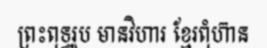
ព្រះពុទ្ធរូប មានវិហារ ខ្មែរពុំហ៊ាន